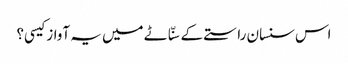
اس سنسان راستے کے سنّاٹے میں یہ آواز کیسی؟